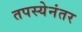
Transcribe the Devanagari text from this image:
तपस्येनंतर